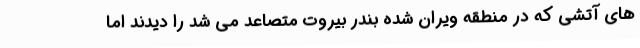
های آتشی که در منطقه ویران شده بندر بیروت متصاعد می شد را دیدند اما